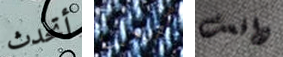
أتحدث مرحبا دافعت